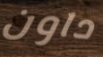
داون